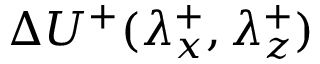
\Delta U ^ { + } ( \lambda _ { x } ^ { + } , \lambda _ { z } ^ { + } )